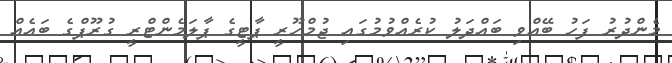
މެންދުރު ފަހު ބޭއްވި ބައްދަލު ކުރެއްވުމުގައި ޖުމްހޫރީ ޕާޓީގެ ޕާލަމެންޓްރީ ގުރޫޕްގެ ބައެއް